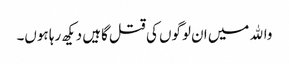
واﷲ میں ان لوگوں کی قتل گاہیں دیکھ رہا ہوں۔